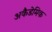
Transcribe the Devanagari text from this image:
अकैडेमिक